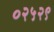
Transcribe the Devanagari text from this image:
०२५२९